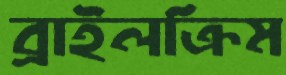
ব্রাইলক্রিম